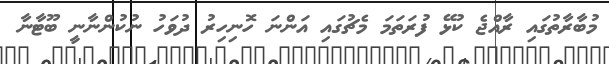
މުބާރާތުގައި ރާއްޖެ ކުޅޭ ފުރަތަމަ މެޗުގައި އަންނަ ހޮނިހިރު ދުވަހު ނުކުންނާނީ ބޫޓާނާ